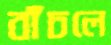
বাঁচলে